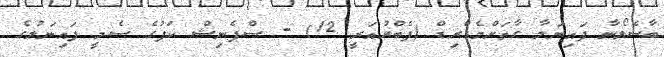
ބާސެލޯނާ ފައިނަލާ ގާތަށްމެޑްރިޑް (ފެބްރުއަރީ 12) - ސްޕެނިޝް ކަޕުގެ ސެމީ ފައިނަލުގެ